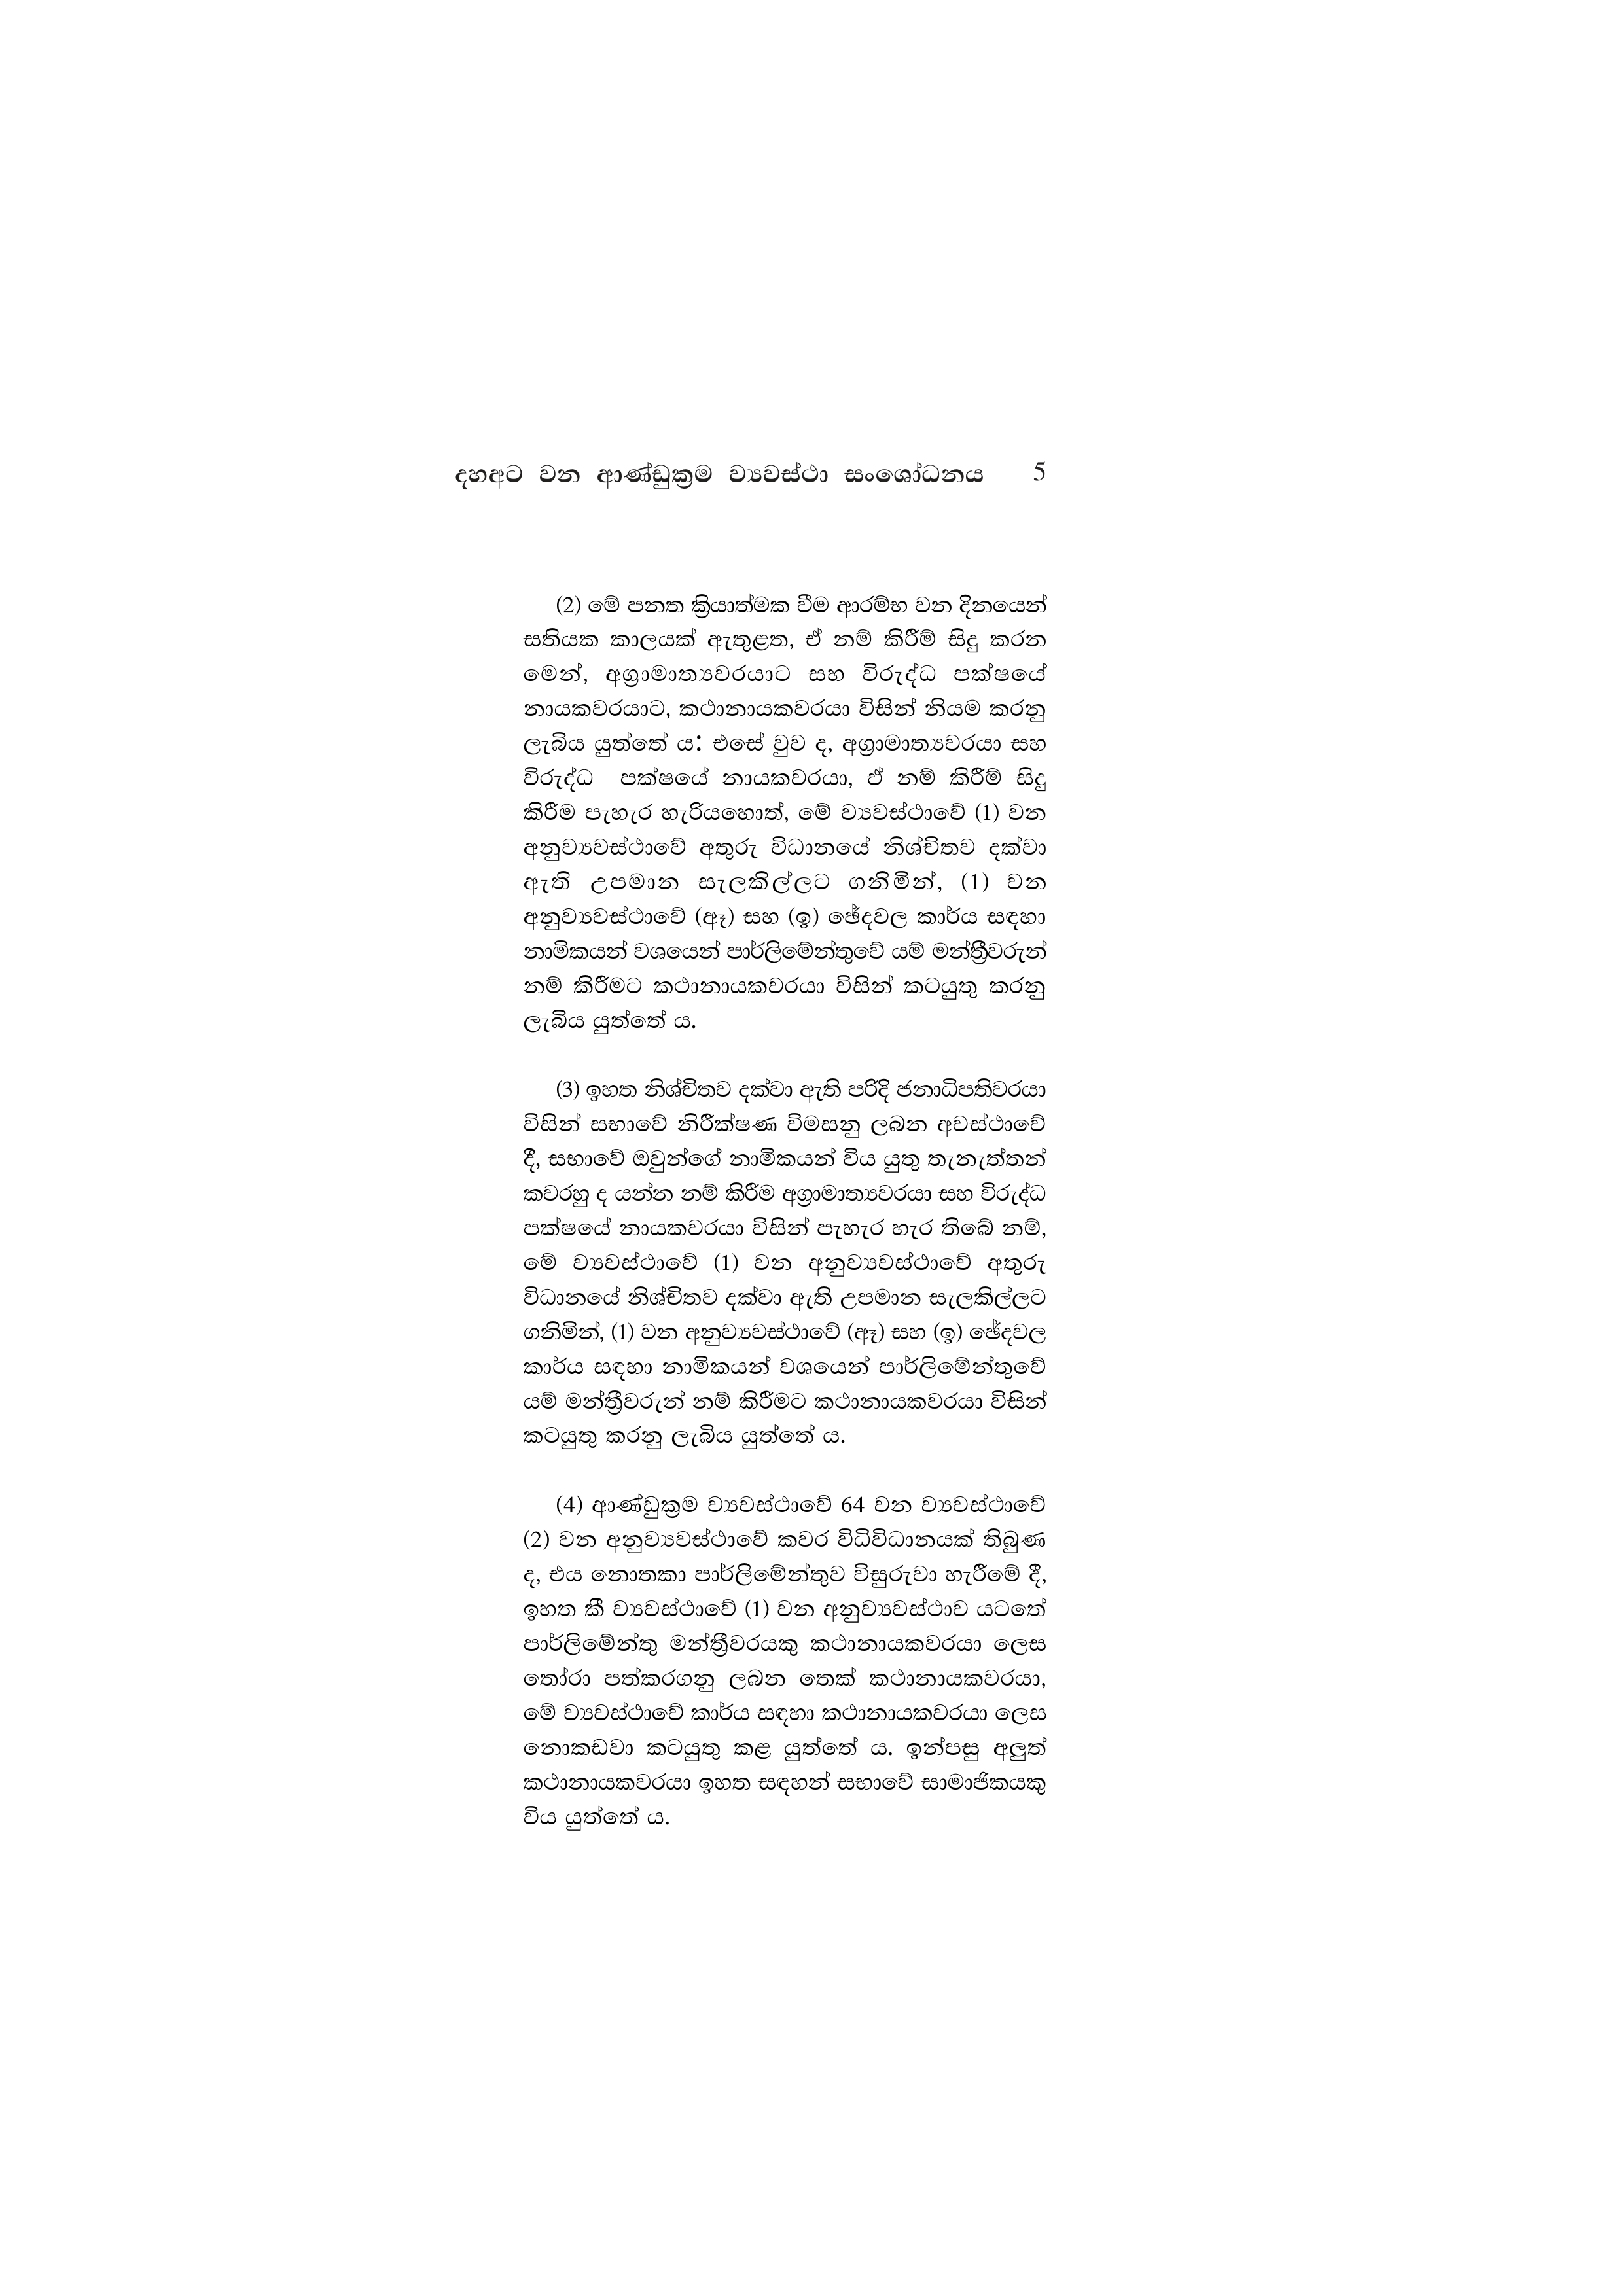
දහඅට වන ආණ්ඩුක්‍රම ව්‍යවස්ථා සංශෝධනය  5

(2) මේ පනත ක්‍රියාත්මක වීම ආරම්භ වන දිනයෙන්
සතියක කාලයක් ඇතුළත, ඒ නම් කිරීම් සිදු කරන
මෙන්, අග්‍රාමාත්‍යවරයාට සහ විරුද්ධ පක්ෂයේ
නායකවරයාට, කථානායකවරයා විසින් නියම කරනු
ලැබිය යුත්තේ ය. එසේ වුව ද, අග්‍රාමාත්‍යවරයා සහ
විරුද්ධ පක්ෂයේ නායකවරයා, ඒ නම් කිරීම් සිදු
කිරීම පැහැර හැරියහොත්, මේ ව්‍යවස්ථාවේ (1) වන
අනුව්‍යවස්ථාවේ අතුරු විධානයේ නිශ්චිතව දක්වා
ඇති උපමාන සැලකිල්ලට ගනිමින්, (1) වන
අනුව්‍යවස්ථාවේ (ඈ) සහ (ඉ) ඡේදවල කාර්ය සඳහා
නාමිකයන් වශයෙන් පාර්ලිමේන්තුවේ යම් මන්ත්‍රීවරුන්
නම් කිරීමට කථානායකවරයා විසින් කටයුතු කරනු
ලැබිය යුත්තේ ය.

(3) ඉහත නිශ්චිතව දක්වා ඇති පරිදි ජනාධිපතිවරයා
විසින් සභාවේ නිරීක්ෂණ විමසනු ලබන අවස්ථාවේ
දී, සභාවේ ඔවුන්ගේ නාමිකයන් විය යුතු තැනැත්තන්
කවරහු ද යන්න නම් කිරීම අග්‍රාමාත්‍යවරයා සහ විරුද්ධ
පක්ෂයේ නායකවරයා විසින් පැහැර හැර තිබේ නම්,
මේ ව්‍යවස්ථාවේ (1) වන අනුව්‍යවස්ථාවේ අතුරු
විධානයේ නිශ්චිතව දක්වා ඇති උපමාන සැලකිල්ලට
ගනිමින්, (1) වන අනුව්‍යවස්ථාවේ (ඈ) සහ (ඉ) ඡේදවල
කාර්ය සඳහා නාමිකයන් වශයෙන් පාර්ලිමේන්තුවේ
යම් මන්ත්‍රීවරුන් නම් කිරීමට කථානායකවරයා විසින්
කටයුතු කරනු ලැබිය යුත්තේ ය.

(4) ආණ්ඩුක්‍රම ව්‍යවස්ථාවේ 64 වන ව්‍යවස්ථාවේ
(2) වන අනුව්‍යවස්ථාවේ කවර විධිවිධානයක් තිබුණ
ද, එය නොතකා පාර්ලිමේන්තුව විසුරුවා හැරීමේ දී,
ඉහත කී ව්‍යවස්ථාවේ (1) වන අනුව්‍යවස්ථාව යටතේ
පාර්ලිමේන්තු මන්ත්‍රීවරයකු කථානායකවරයා ලෙස
තෝරා පත්කරගනු ලබන තෙක් කථානායකවරයා,
මේ ව්‍යවස්ථාවේ කාර්ය සඳහා කථානායකවරයා ලෙස
නොකඩවා කටයුතු කළ යුත්තේ ය. ඉන්පසු අලුත්
කථානායකවරයා ඉහත සඳහන් සභාවේ සාමාජිකයකු
විය යුත්තේ ය.